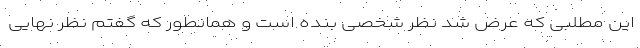
این مطلبی که عرض شد نظر شخصی بنده است و همانطور که گفتم نظر نهایی